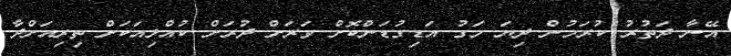
އޭނާ ދަތުރު ކުރަމުން ދިޔަ މަގު އަޑިގުޑަންކޮށް ވަރަށް ދުރަށް ކުއްލިއަކަށް ތިރިއަށްދާ